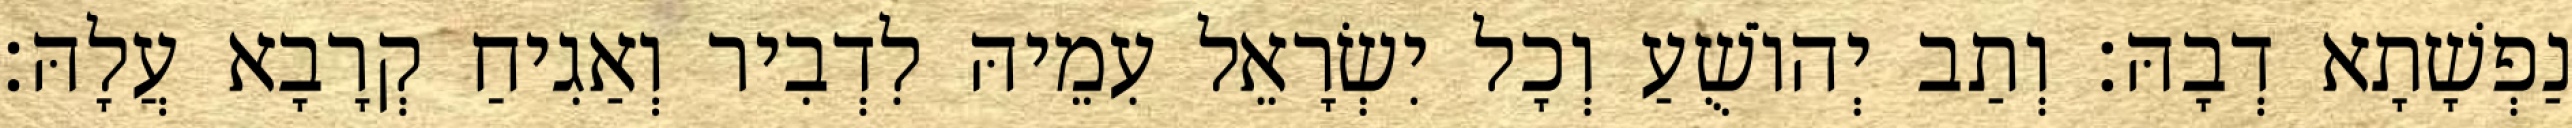
נַפְשָׁתָא דְבָהּ׃ וְתַב יְהוֹשֻׁעַ וְכָל יִשְׂרָאֵל עִמֵיהּ לִדְבִיר וְאַגִיחַ קְרָבָא עֲלָהּ׃